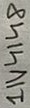
Text: 1N4148